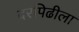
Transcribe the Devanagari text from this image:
दरपिढीला